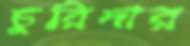
চুরিদার